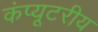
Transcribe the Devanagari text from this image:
कंप्यूटरीय